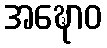
အဍ္ဎောဝ